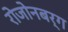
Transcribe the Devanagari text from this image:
रोजोनबर्ग